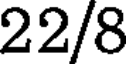
22/8